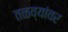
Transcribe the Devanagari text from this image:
तळव्यांवर